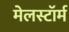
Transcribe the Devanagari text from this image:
मेलस्टाॅर्म